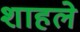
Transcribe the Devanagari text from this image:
शाहले